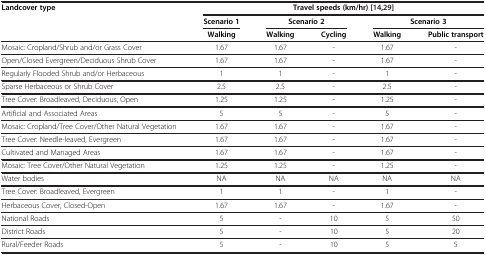
| Landcover type | <COLSPAN=5> Travel speeds (km/hr)[[14],[29]] |
 | <ROWSPAN=2>  | Scenario 1 | <COLSPAN=2> Scenario 2 | <COLSPAN=2> Scenario 3 |
 | Walking | Walking | Cycling | Walking | Public transport |
 | --- | --- | --- | --- | --- | --- |
 | Mosaic: Cropland/Shrub and/or Grass Cover | 1.67 | 1.67 | - | 1.67 | - |
 | Open/Closed Evergreen/Deciduous Shrub Cover | 1.67 | 1.67 | - | 1.67 | - |
 | Regularly Flooded Shrub and/or Herbaceous | 1 | 1 | - | 1 | - |
 | Sparse Herbaceous or Shrub Cover | 2.5 | 2.5 | - | 2.5 | - |
 | Tree Cover: Broadleaved, Deciduous, Open | 1.25 | 1.25 | - | 1.25 | - |
 | Artificial and Associated Areas | 5 | 5 | - | 5 | - |
 | Mosaic: Cropland/Tree Cover/Other Natural Vegetation | 1.67 | 1.67 | - | 1.67 | - |
 | Tree Cover: Needle-leaved, Evergreen | 1.67 | 1.67 | - | 1.67 | - |
 | Cultivated and Managed Areas | 1.67 | 1.67 | - | 1.67 | - |
 | Mosaic: Tree Cover/Other Natural Vegetation | 1.25 | 1.25 | - | 1.25 | - |
 | Water bodies | NA | NA | NA | NA | NA |
 | Tree Cover: Broadleaved, Evergreen | 1 | 1 | - | 1 | - |
 | Herbaceous Cover, Closed-Open | 1.67 | 1.67 | - | 1.67 | - |
 | National Roads | 5 | - | 10 | 5 | 50 |
 | District Roads | 5 | - | 10 | 5 | 20 |
 | Rural/Feeder Roads | 5 | - | 10 | 5 | 5 |